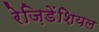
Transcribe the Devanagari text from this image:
रेज़िडेंशियल